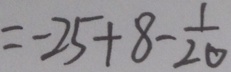
= - 2 5 + 8 - \frac { 1 } { 2 0 }